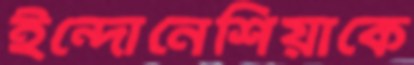
ইন্দোনেশিয়াকে